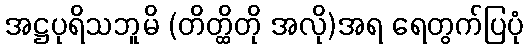
အဋ္ဌပုရိသဘူမိ (တိတ္ထိတို အလို)အရ ရေတွက်ပြပုံ